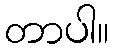
တာပါ။